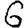
Digit: 6